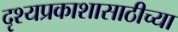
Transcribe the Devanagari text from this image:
दृश्यप्रकाशासाठीच्या